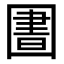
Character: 圕